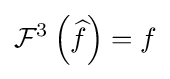
{\mathcal {F}}^{3}\left({\widehat {f}}\right)=f